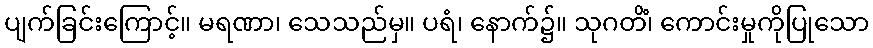
ပျက်ခြင်းကြောင့်။ မရဏာ၊ သေသည်မှ။ ပရံ၊ နောက်၌။ သုဂတိံ၊ ကောင်းမှုကိုပြုသော